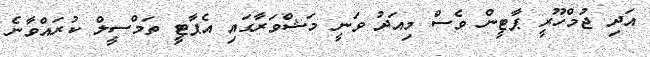
އަދި ޖުމްހޫރީ ޕާޓީން ވެސް މިއަދު ވަނީ މަޝްވަރާގައި އެޕާޓީ ތަމްސީލް ކުރައްވާނެ